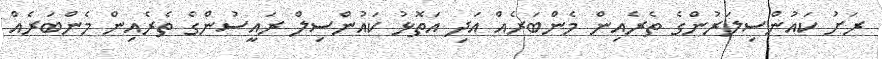
ރަށު ކައުންސިލަރުންގެ ތެރެއިން މެންބަރެއް އަދި އަތޮޅު ކައުންސިލް ރައީސުންގެ ތެރެއިން މެންބަރެއް